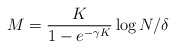
\begin{align*}M = \frac{K}{1-e^{-\gamma K }} \log N/\delta\end{align*}